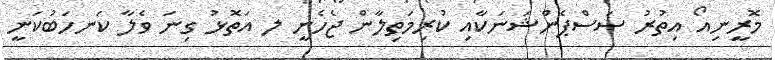
މޮރީނިއޯ އިތުރު ސަސްޕެންޝަނަކާއި ކުރިމަތިލާން ޖެހެނީ ލ އަތޮޅު ގިނަ ވެލާ ކަނހަބުކަނީ